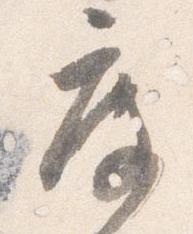
度